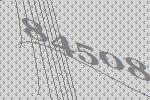
84508